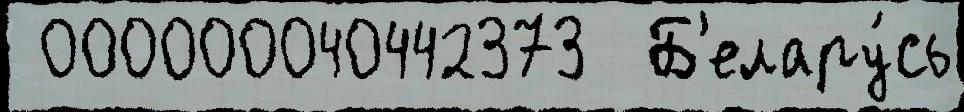
 000000040442373  Б'елару́сь